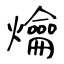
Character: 爚